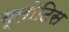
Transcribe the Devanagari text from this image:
ग्लोटिस